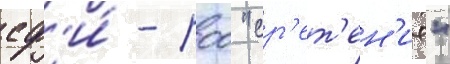
сф'и́ - роо "ср'ет'ен'ие"